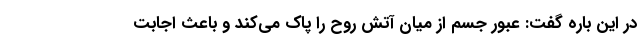
در این باره گفت: عبور جسم از میان آتش روح را پاک می‌کند و باعث اجابت